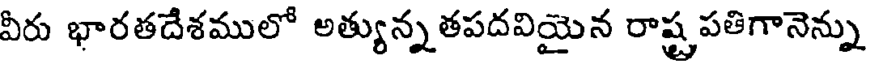
వీరు భారతదేశములో అత్యున్నతపదవియైన రాష్ట్రపతిగానెన్ను